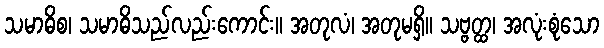
သမာဓိစ၊ သမာဓိသည်လည်းကောင်း။ အတုလံ၊ အတုမရှိ။ သဗ္ဗတ္ထ၊ အလုံးစုံသော